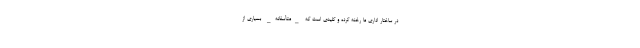
در ساختار اداری ما رخنه کرده و کلیدی است که _متأسفانه_ بسیاری از